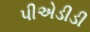
પીએડીડી